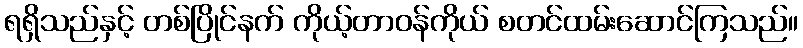
ရရှိသည်နှင့် တစ်ပြိုင်နက် ကိုယ့်တာဝန်ကိုယ် စတင်ထမ်းဆောင်ကြသည်။